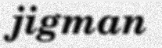
jigman